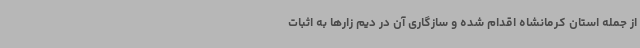
از جمله استان کرمانشاه اقدام شده و سازگاری آن در دیم زارها به اثبات